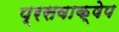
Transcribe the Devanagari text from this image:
प्रसवाक्षेप